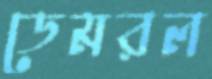
ডেমরল